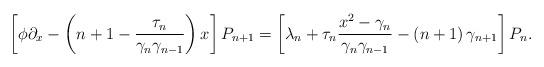
LaTeX: \begin{align*}\left[ \phi\partial_{x}-\left( n+1-\frac{\tau_{n}}{\gamma_{n}\gamma_{n-1}}\right) x\right] P_{n+1}=\left[ \lambda_{n}+\tau_{n}\frac{x^{2}-\gamma_{n}}{\gamma_{n}\gamma_{n-1}}-\left( n+1\right) \gamma_{n+1}\right] P_{n}.\end{align*}